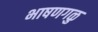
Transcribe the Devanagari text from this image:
भाषणगळु